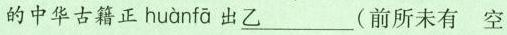
的中华古籍正 huànfā 出\underline{乙}(前所未有 空